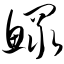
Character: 鳏